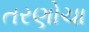
તરણોચા